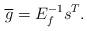
LaTeX: \begin{align*}\overline g = E_f^{-1} s^T.\end{align*}